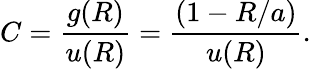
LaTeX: C=\frac{g(R)}{u(R)}=\frac{\left(1-R/a\right)}{u(R)}.